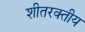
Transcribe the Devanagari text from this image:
शीतरक्तीय